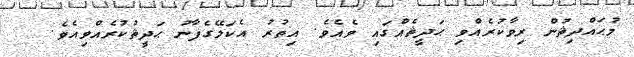
މުޙައްދިޘުން ރިވާކުރެއްވި ޙަދީޘެއްގައި ވެއެވެ. އިތުރު އެކަލޭގެފާނު ޙަދީޘުކުރެއްވިއެވެ.